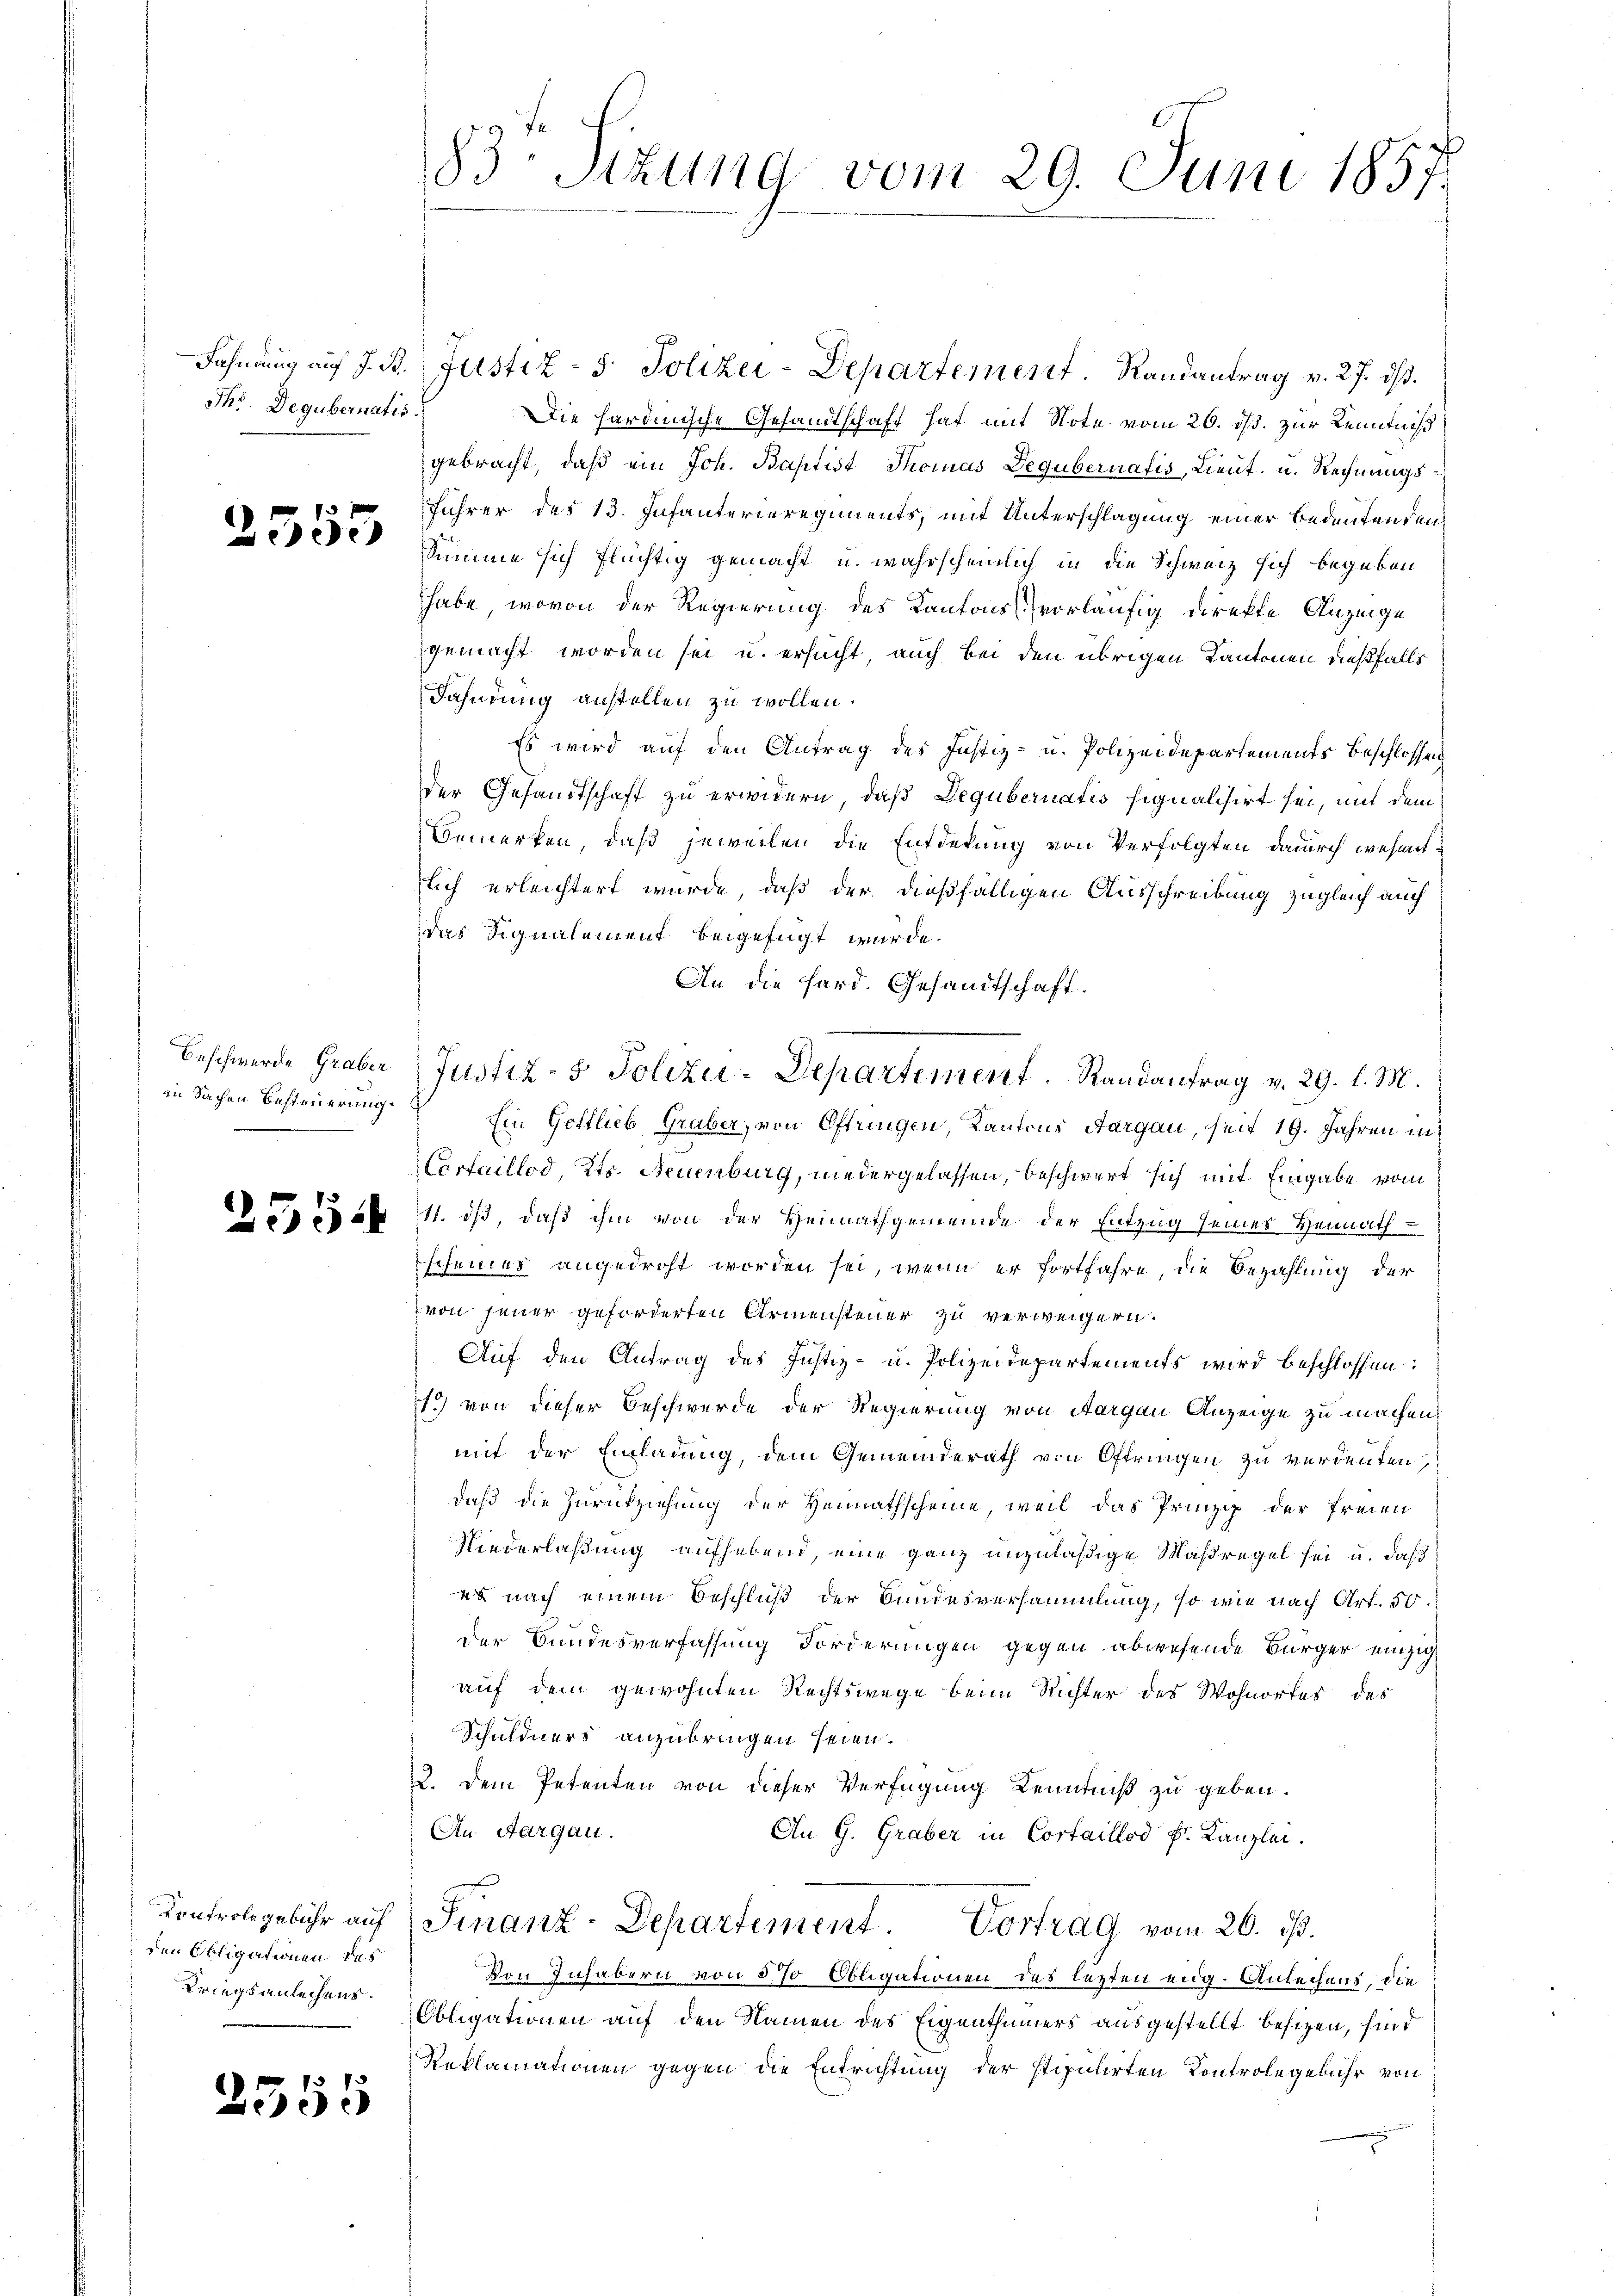
Th. Degubernatis.

f x
3300

in Sachen Besteuerung.

den Obligationen des
Kriegsanleihens.

2555

Fahndung auf J. B. Justiz- & Polizei-Departement. Randantrag v. 27. ds.
Die hardinische Gesandtschaft hat mit Note vom 26. ds. zur Kenntniß
gebracht, daß ein Joh. Baptist Thomas Degubernatis, Lieut. u. Rechnungs¬
Führer des 13. Infanterieregiments, mit Unterschlagung einer Bedeutenden
Summe sich flüchtig gemacht u. wahrscheinlich in die Schweiz sich begeben
habe, wovon der Regierung des Kantons vorläufig direkte Anzeige
gemacht worden sei u. ersucht, auch bei den übrigen Kantonen dießfalls
Fahndung anstellen zu wollen.
Es wird auf den Antrag des Justiz- u. Polizeidepartements Beschlossen
der Gesandtschaft zu erwidern, daß Degubernatis signalisirt sei, mit dem
Bemerken, daß jeweilen die Entdekung von Verfolgten dadurch wesentlich erleichtert wurde, daß der dießfälligen Ausschreibung zugleich auch
das Signalement beigefügt wurde.
An die Hard. Gesandtschaft.
Ein Gottlieb Graber, von Oftringen, Kantons Aargau, seit 19. Jahren in
Carfaillod, Kts. Neuenburg, wiedergelassen, beschwert sich mit Eingabe vom
doppes 11. ds, daß ihm von der Heimathgemeinde der Entzug seines Heimathscheines angedroht worden sei, wenn er fortfahre, die Bezahlung der
 von jener geforderten Armensteuer zu verweigern.
Auf den Antrag des Justiz- u. Polizeidepartements wird beschlossen:
1) von dieser Beschwerde der Regierung von Aargau Anzeige zu machen.
mit der Einladung, dem Gemeinderath von Oftringen zu verdenten,
daß die Zurückziehung der Heimathscheine, weil das Prinzip der Freien
Niederlaßung aufhabend, eine ganz unzuläßige Maßregel sei u. daß
ua nach einem Beschluß der Bundesversammlung, so wie nach Art. 50.
der Bundesverfassung Forderungen gegen abwesende Bürger einzig
auf dem gewohnten Rechtswege beim Richter des Wohnortes des
Schuldners anzubringen seien.
2. Dem Petenten von dieser Verfügung Kenntniß zu geben.
An Aargau.
Au. G. Graber in Cortaillod Fr. Kanzlei.
Kontrolgebühr auf Finanz-Departement. Vortrag vom 26. ds.
Von Inhabern von 5% Obligationen des lezten eing. Anleihens, die
Obligationen auf den Namen des Eigenthümers ausgestellt besizen, sind
Reklamationen gegen die Entrichtung der stipulirten Kontrole gebühr von

83 Sizung vom 29. Juni 1857.

Beschwerde Graber Justiz- & Polizei-Departement. Randantrag v. 29. l. M.